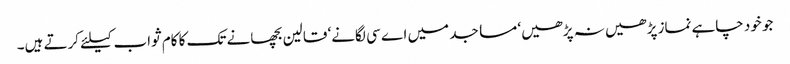
جو خود چاہے نماز پڑھیں نہ پڑھیں‘ مساجد میں اے سی لگانے‘ قالین بچھانے تک کا کام ثواب کیلئے کرتے ہیں۔